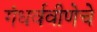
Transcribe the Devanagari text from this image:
गंधर्ववीणेचे